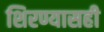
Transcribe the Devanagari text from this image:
शिरण्यासही